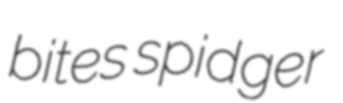
bites spidger